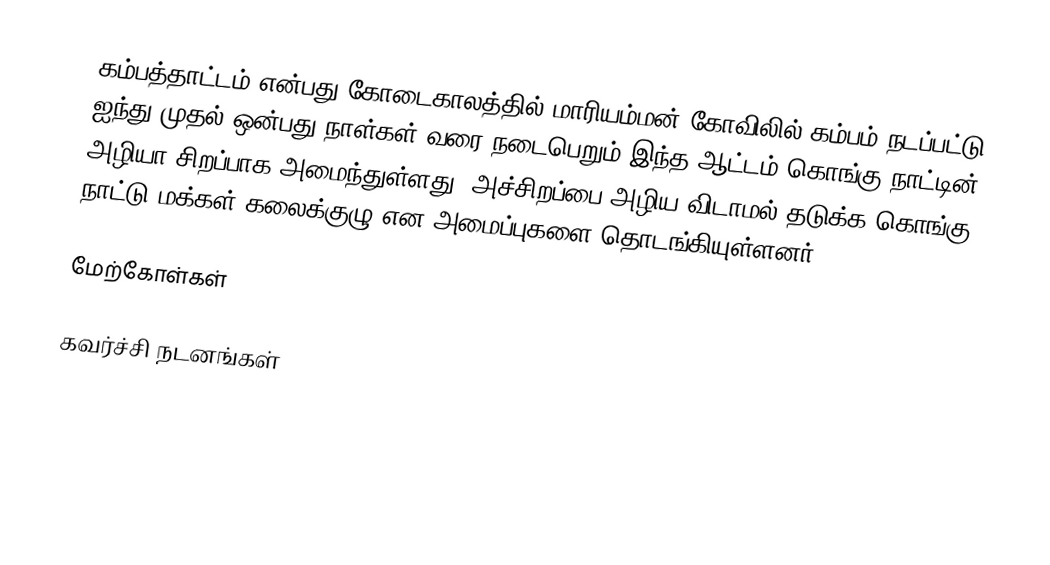
கம்பத்தாட்டம் என்பது கோடைகாலத்தில் மாரியம்மன் கோவிலில் கம்பம் நடப்பட்டு ஐந்து முதல் ஒன்பது நாள்கள் வரை நடைபெறும்.இந்த ஆட்டம் கொங்கு  நாட்டின் அழியா சிறப்பாக அமைந்துள்ளது. அச்சிறப்பை அழிய விடாமல் தடுக்க கொங்கு நாட்டு மக்கள்  கலைக்குழு  என அமைப்புகளை தொடங்கியுள்ளனர்.

மேற்கோள்கள்

கவர்ச்சி நடனங்கள்